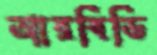
আরবিডি